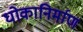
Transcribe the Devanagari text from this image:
धोकानिर्माण